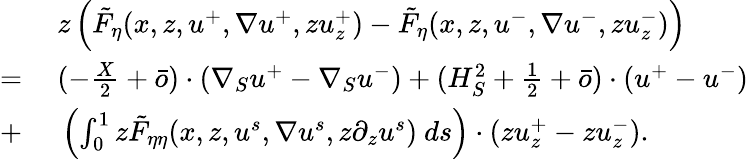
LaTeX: \begin{array}{rl}&{\ z\left(\tilde{F}_{\eta}(x,z,u^{+},\nabla u^{+},zu_{z}^{+})-\tilde{F}_{\eta}(x,z,u^{-},\nabla u^{-},zu_{z}^{-})\right)}\\ {=}&{\ (-\frac{X}{2}+\bar{o})\cdot(\nabla_{S}u^{+}-\nabla_{S}u^{-})+(H_{S}^{2}+\frac{1}{2}+\bar{o})\cdot(u^{+}-u^{-})}\\ {+}&{\ \left(\int_{0}^{1}z\tilde{F}_{\eta\eta}(x,z,u^{s},\nabla u^{s},z\partial_{z}u^{s})\ ds\right)\cdot(zu_{z}^{+}-zu_{z}^{-}).}\end{array}